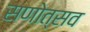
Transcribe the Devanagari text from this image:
सणोत्सव